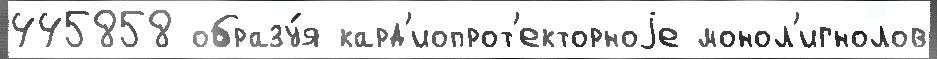
445858 образу́я кард'иопрот'екторноjе монол'игнолов